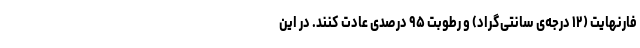
فارنهایت (۱۲ درجه‌ی سانتی‌گراد) و رطوبت ۹۵ درصدی عادت کنند. در این